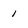
Character: l